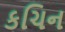
કચિન